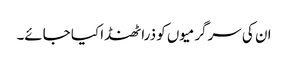
ان کی سرگرمیوں کو ذرا ٹھنڈا کیا جائے۔